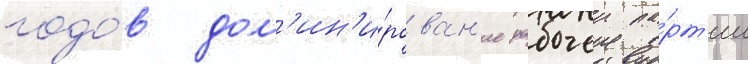
годо́в дом'ин'и́рован'ие рабочеи па́рт'ии